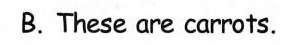
B.These are carrots.